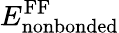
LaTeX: E_{\mathrm{nonbonded}}^{\mathrm{FF}}